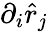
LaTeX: \partial_{i}\hat{r}_{j}